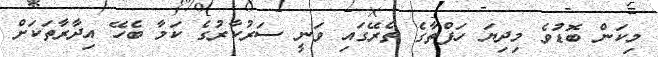
މިކަން ބޮޑުވެ މިދިޔަ ހަފްތާގެ ތެރޭގައި ވަނީ ސަރުކާރުގެ ކަމާ ބެހޭ އިދާރާތަކަށް